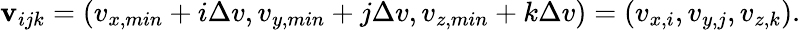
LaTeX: \boldsymbol{\mathbf{v}}_{ijk}=\left(v_{x,min}+i\Delta v,v_{y,min}+j\Delta v,v_{z,min}+k\Delta v\right)=\left(v_{x,i},v_{y,j},v_{z,k}\right).